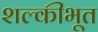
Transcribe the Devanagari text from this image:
शल्कीभूत